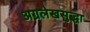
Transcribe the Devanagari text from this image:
अग्रलेखसुद्धा